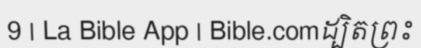
9 | La Bible App | Bible.comដ្បិតព្រះ